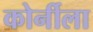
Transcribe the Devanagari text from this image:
कोर्नीला